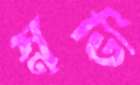
স্নৃতি